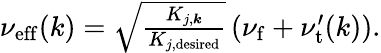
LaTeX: \begin{array}{r}{\nu_{\mathrm{eff}}(k)=\sqrt{\frac{K_{j,\boldsymbol{k}}}{K_{j,\mathrm{desired}}}}\left(\nu_{\mathrm{f}}+\nu_{\mathrm{t}}^{\prime}(k)\right).}\end{array}